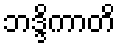
ဘဒ္ဒိကာတိ